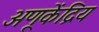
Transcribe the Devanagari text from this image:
अणूकेंद्रिय